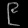
Digit: ၉